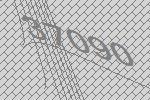
37090